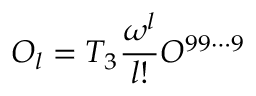
{ \cal O } _ { l } = T _ { 3 } { \frac { \omega ^ { l } } { l ! } } { \cal O } ^ { 9 9 \cdots 9 }